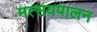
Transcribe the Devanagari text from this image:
मत्सयपालन